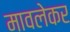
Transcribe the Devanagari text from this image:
मावलेकर